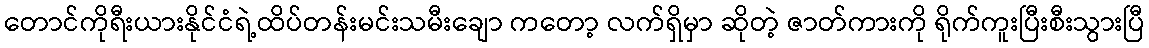
တောင်ကိုရီးယားနိုင်ငံရဲ့ထိပ်တန်းမင်းသမီးချော ကတော့ လက်ရှိမှာ ဆိုတဲ့ ဇာတ်ကားကို ရိုက်ကူးပြီးစီးသွားပြီ